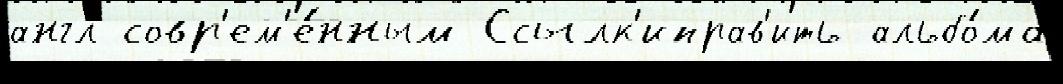
англ совр'ем'е́нным Ссылк'иправ'ить альбо́ма